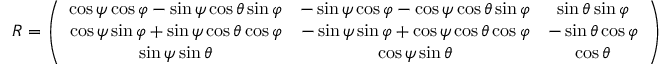
\begin{array} { r } { R = \left( \begin{array} { c c c } { \cos \psi \cos \varphi - \sin \psi \cos \theta \sin \varphi } & { - \sin \psi \cos \varphi - \cos \psi \cos \theta \sin \varphi } & { \sin \theta \sin \varphi } \\ { \cos \psi \sin \varphi + \sin \psi \cos \theta \cos \varphi } & { - \sin \psi \sin \varphi + \cos \psi \cos \theta \cos \varphi } & { - \sin \theta \cos \varphi } \\ { \sin \psi \sin \theta } & { \cos \psi \sin \theta } & { \cos \theta } \end{array} \right) } \end{array}